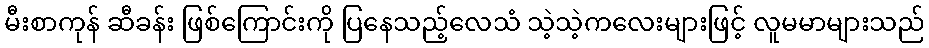
မီးစာကုန် ဆီခန်း ဖြစ်ကြောင်းကို ပြနေသည့်လေသံ သဲ့သဲ့ကလေးများဖြင့် လူမမာများသည်